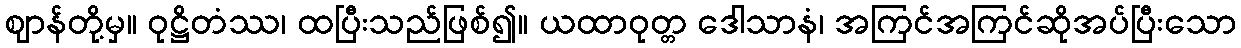
ဈာန်တို့မှ။ ဝုဋ္ဌိတံဿ၊ ထပြီးသည်ဖြစ်၍။ ယထာဝုတ္တ ဒေါသာနံ၊ အကြင်အကြင်ဆိုအပ်ပြီးသော